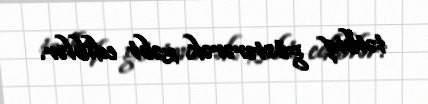
tətbiq göstərərək zəbt ediblər.